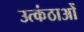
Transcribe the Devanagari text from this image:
उत्कंठाओं